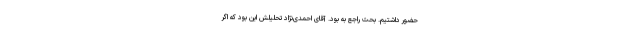
حضور داشتیم. بحث راجع به بود. آقای احمدی‌نژاد تحلیلش این بود که اگر